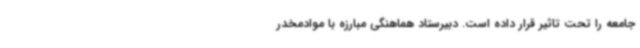
جامعه را تحت تاثیر قرار داده است. دبیرستاد هماهنگی مبارزه با موادمخدر